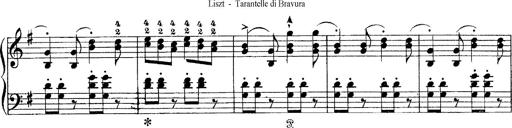
Title: Tarantelle di bravura dâ€™aprÃ¨s la tarantelle de La muette de Portici
Composer: Franz Liszt